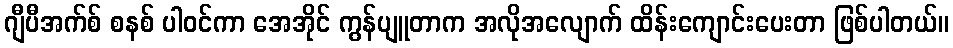
ဂျီပီအက်စ် စနစ် ပါဝင်ကာ အေအိုင် ကွန်ပျူတာက အလိုအလျောက် ထိန်းကျောင်းပေးတာ ဖြစ်ပါတယ်။